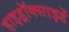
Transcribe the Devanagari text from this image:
हाइड्रॉक्साइडें